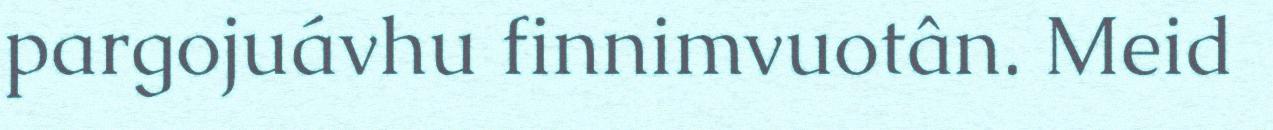
pargojuávhu finnimvuotân. Meid